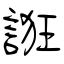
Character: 誑